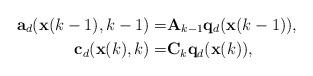
LaTeX: \begin{align*} \mathbf{a}_d(\mathbf{x}(k-1),k-1)=&\mathbf{A}_{k-1} \mathbf{q}_d(\mathbf{x}(k-1)), \\ \mathbf{c}_d(\mathbf{x}(k),k)=&\mathbf{C}_k \mathbf{q}_d(\mathbf{x}(k)), \end{align*}